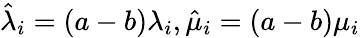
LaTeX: \hat{\lambda}_{i}=(a-b)\lambda_{i},\hat{\mu}_{i}=(a-b)\mu_{i}